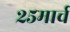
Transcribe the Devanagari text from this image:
२५मार्च